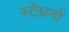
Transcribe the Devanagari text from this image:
स्टेधनों